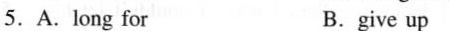
5.A. long for